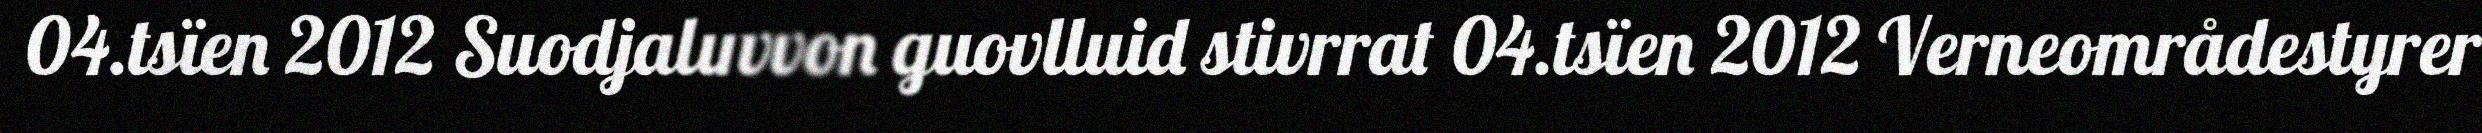
04.tsïen 2012 Suodjaluvvon guovlluid stivrrat 04.tsïen 2012 Verneområdestyrer